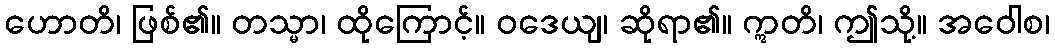
ဟောတိ၊ ဖြစ်၏။ တသ္မာ၊ ထိုကြောင့်။ ဝဒေယျ၊ ဆိုရာ၏။ ဣတိ၊ ဤသို့။ အဝေါစ၊